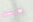
لارسن